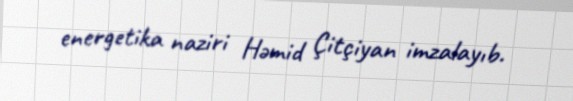
energetika naziri Həmid Çitçiyan imzalayıb.